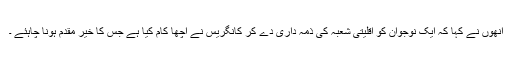
انھوں نے کہا کہ ایک نوجوان کو اقلیتی شعبہ کی ذمہ داری دے کر کانگریس نے اچھا کام کیا ہے جس کا خیر مقدم ہونا چاہئے ۔